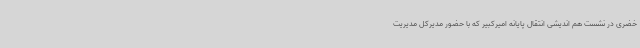
خضری در نشست هم اندیشی انتقال پایانه امیرکبیر که با حضور مدیرکل مدیریت